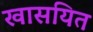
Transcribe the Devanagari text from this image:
खासयित